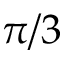
\pi / 3